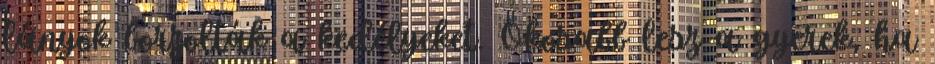
lányok borzolták a kedélyeket. Okosabb lesz a gyerek, ha